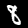
Label: 8